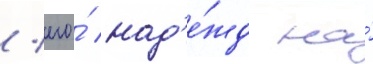
/ его́ над'е́жд на́